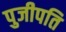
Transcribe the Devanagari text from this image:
पुजीपति